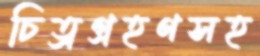
চিত্রগ্রহণসহ